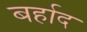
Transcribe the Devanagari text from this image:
बर्हाद